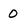
Character: 0